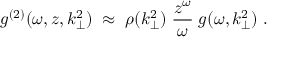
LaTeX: g ^ { ( 2 ) } ( \omega , z , k _ { \perp } ^ { 2 } ) \; \approx \; \rho ( k _ { \perp } ^ { 2 } ) \; \frac { z ^ { \omega } } { \omega } \; g ( \omega , k _ { \perp } ^ { 2 } ) \; .